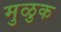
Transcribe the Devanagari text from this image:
मुळुक